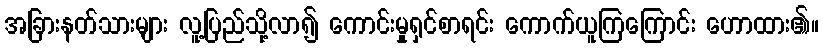
အခြားနတ်သားများ လူ့ပြည်သို့လာ၍ ကောင်းမှုရှင်စာရင်း ကောက်ယူကြကြောင်း ဟောထား၏။